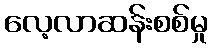
လေ့လာဆန်းစစ်မှု